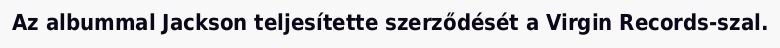
Az albummal Jackson teljesítette szerződését a Virgin Records-szal.